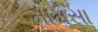
મામસા